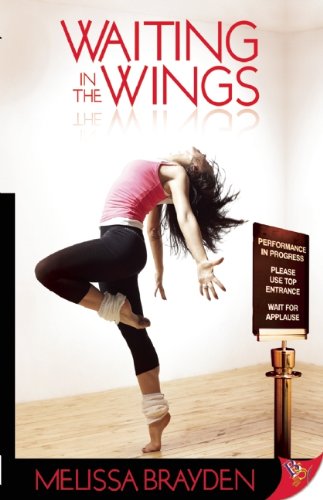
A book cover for Waiting in the Wings; Melissa Brayden; Literature & Fiction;